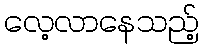
လေ့လာနေသည့်